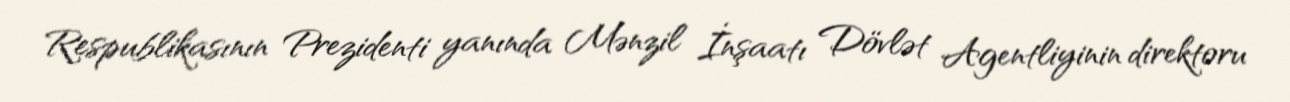
Respublikasının Prezidenti yanında Mənzil İnşaatı Dövlət Agentliyinin direktoru